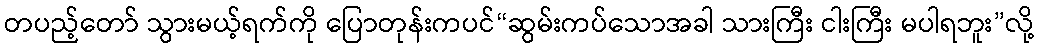
တပည့်တော် သွားမယ့်ရက်ကို ပြောတုန်းကပင်“ဆွမ်းကပ်သောအခါ သားကြီး ငါးကြီး မပါရဘူး”လို့